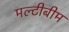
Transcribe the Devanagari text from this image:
मल्टीबीम